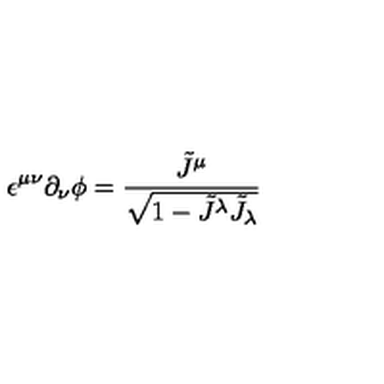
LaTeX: \epsilon ^ { \mu \nu } \partial _ { \nu } \phi = \frac { \tilde { J } ^ { \mu } } { \sqrt { 1 - \tilde { J } ^ { \lambda } \tilde { J } _ { \lambda } } }